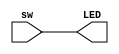
`timescale 1ns / 1ps
//////////////////////////////////////////////////////////////////////////////////
// Company: 
// Engineer: 
// 
// Design Name: 
// Module Name: led_switch
// Project Name: 
// Target Devices: 
// Tool Versions: 
// Description: 
// 
// Dependencies: 
// 
// Revision:
// Revision 0.01 - File Created
// Additional Comments:
// 
//////////////////////////////////////////////////////////////////////////////////


module led_switch(
    input [15:0] sw,
    output [15:0] LED
    );
    
    assign LED = sw;
    
endmodule